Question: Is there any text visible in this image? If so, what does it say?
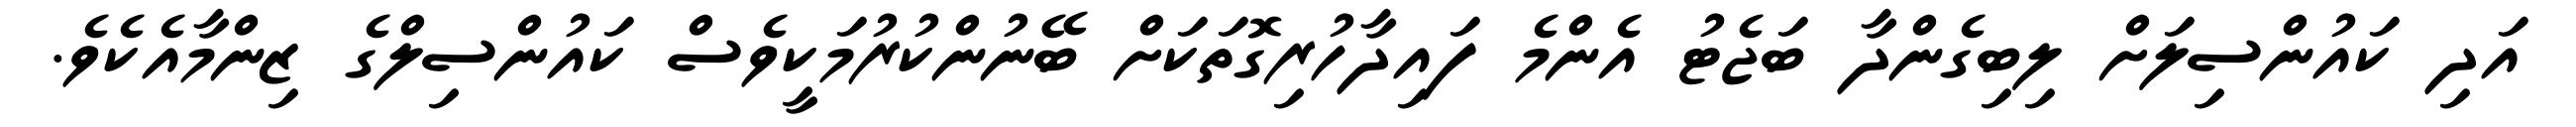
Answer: އަދި ކައުންސިލަށް ލިބިގެންދާ ބަޖެޓު އެންމެ ފައިދާހުރިގޮތަކަށް ބޭނުންކުރުމަކީވެސް ކައުންސިލްގެ ޒިންމާއެކެވެ.